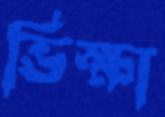
ভিক্ষা